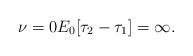
LaTeX: \begin{align*} \nu=0 E_0[\tau_2-\tau_1]=\infty. \end{align*}